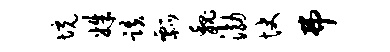
境姝跌瓢魏渤快弗